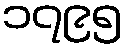
၁၇၉၅